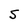
Character: S